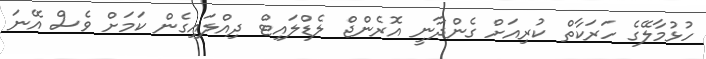
ހުޅުމާލޭގެ ހަރަކާތް ކުރިއަށް ގެންދާނީ އޮރެންޖް ލެޑްލައިޓް ދިއްލައިގެން ކަމަށް ވެސް އޭނަ